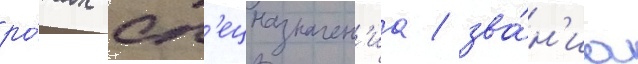
ро́тах сп'ецназначен'иа / зва́н'иа